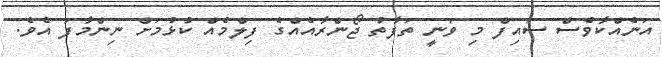
އަނެއްކާވެސް ސައިފް މި ވަނީ ތަފާތު ޖޯންރާއެއްގެ ފިލްމެއް ކުޅުމަށް ނިންމާފަ އެވެ.